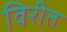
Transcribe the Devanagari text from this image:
विरीत